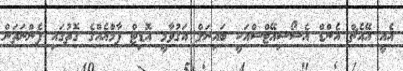
އެއީ އޭއެޗް އެންޑް އެސޯސިއޭޓްސްއަކީ ބައިނަލް އަގުވާމީ އޮޑިޓް ފާމްއެއްގެ ގޮތުގައި ފެންނަތަން